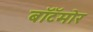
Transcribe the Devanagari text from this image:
बॉटॅमोर